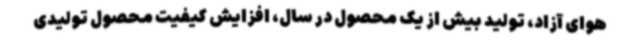
هوای آزاد، تولید بیش از یک محصول در سال، افزایش کیفیت محصول تولیدی